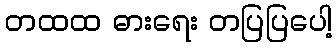
တထထ ဓားရေး တပြပြပေါ့